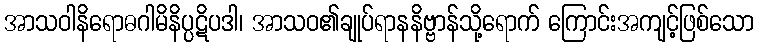
အာသဝါနိရောဓဂါမိနိပ္ပဋိပဒါ၊ အာသဝ၏ချုပ်ရာနနိဗ္ဗာန်သို့ရောက် ကြောင်းအကျင့်ဖြစ်သော